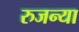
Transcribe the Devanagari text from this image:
रुजन्या